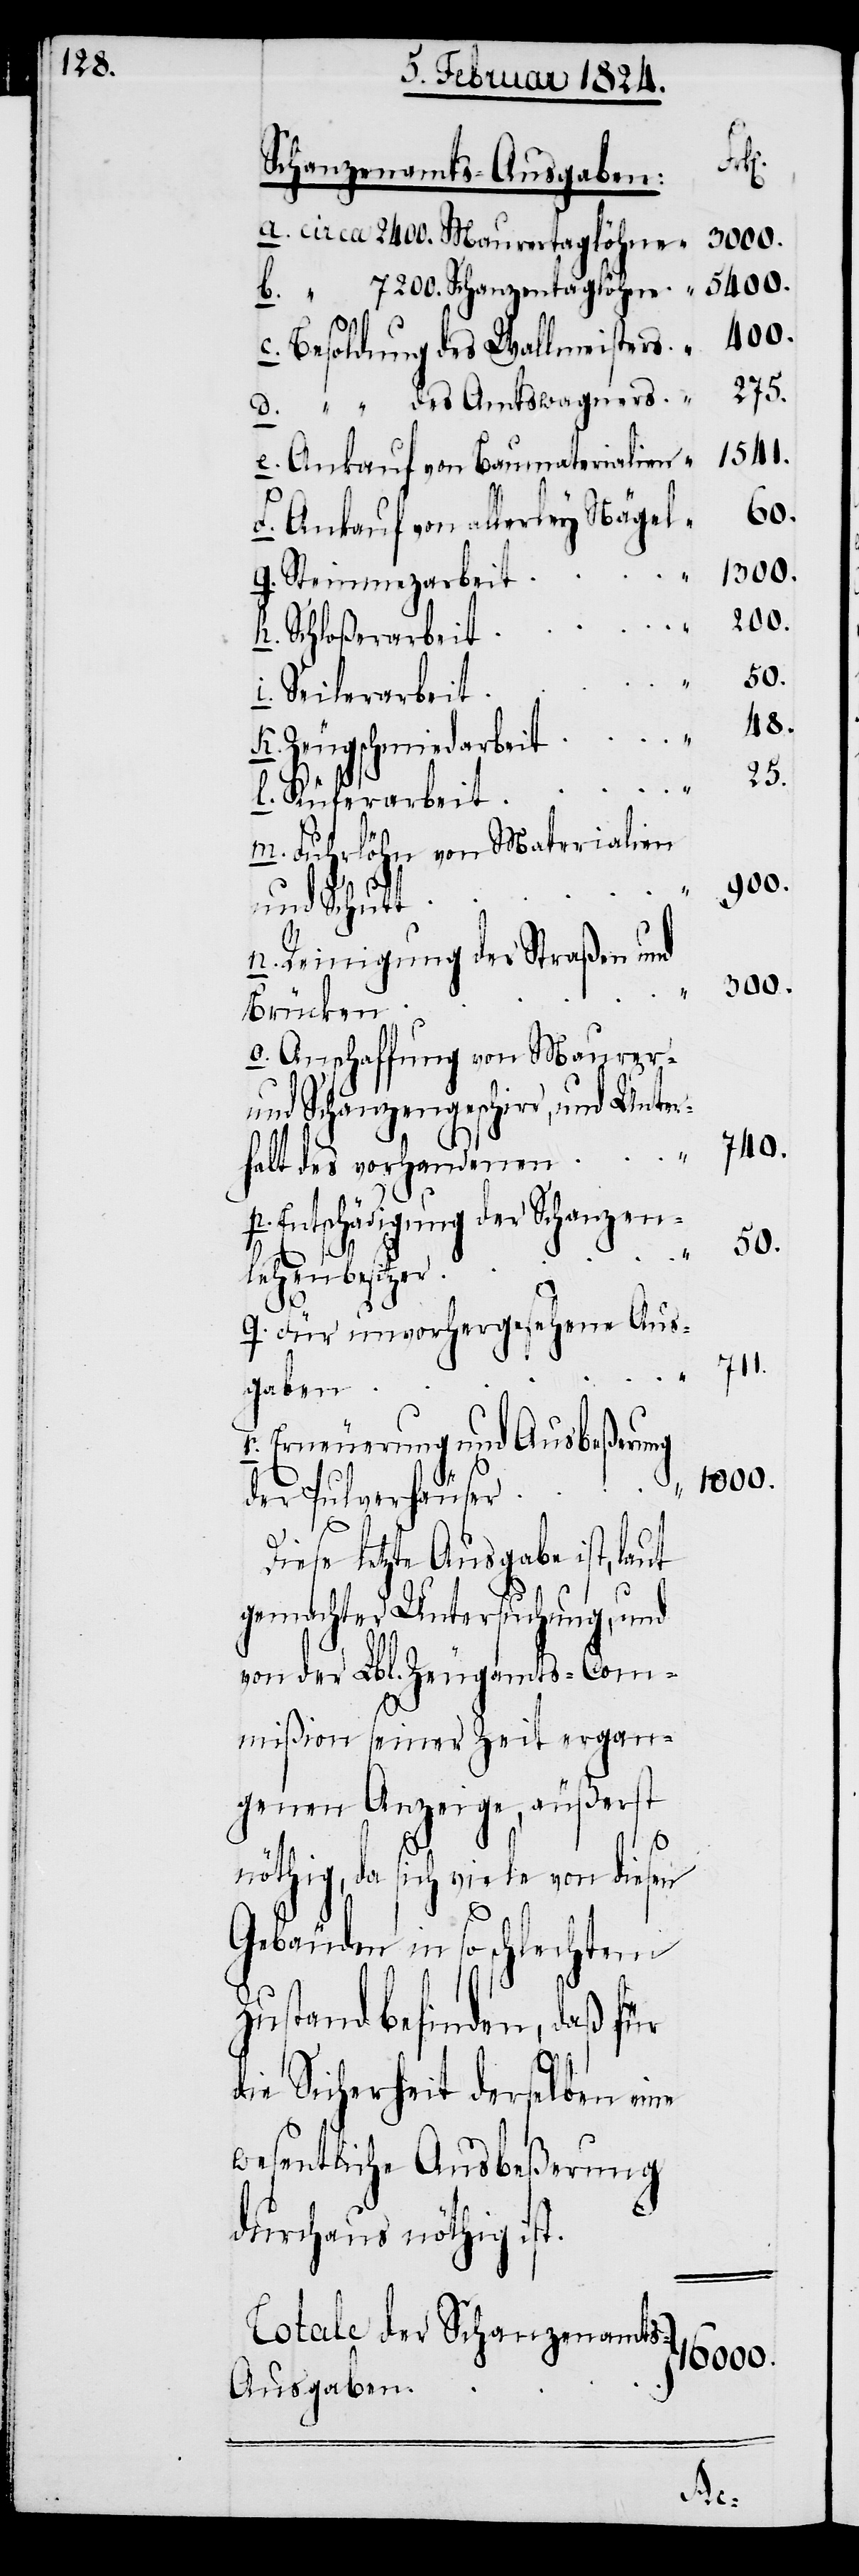
16000.

“
Totale
Schanzenamts-Ausgaben
7200. Schanzentaglöhne
b.)
Besoldung des Wallmeisters
Ankauf von Baumaterialien
60.
Ankauf von allerley Nägel
1300.
Steinmetzarbeit
200.
Schloßerarbeit
Seilerarbeit
48.
Zeugschmiedarbeit
25.
m.)
Küferarbeit
der
Fuhrlöhn von Materialien
300.
und Schutt
r.)
Reinigung der Straßen und
Brücken
Abschaffung von Maurer-
und Schanzengeschirr, und Unter¬
740.
1541.
halt des vorhandenen
Entschädigung der Schanzen¬
50.
lehenbesitzer
Für unvohergesehene Aus¬
711.
gaben
Erneuerung und Ausbeßerung
1000.
der Pulverhäuser
“
Diese letzte Ausgabe ist, laut
gemachter Untersuchung, und
von der Lbl. Zeugamts-Com¬
mißion seiner Zeit ergan¬
genen Anzeige, äußerst
nöthig, da sich viele von diesen
Gebäuden in so schlechtem
Zustand befinden, daß für
die Sicherheit derselben eine
wesentliche Ausbeßerung
durchaus nöthig ist.